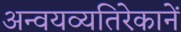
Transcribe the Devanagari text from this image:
अन्वयव्यतिरेकानें